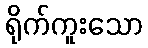
ရိုက်ကူးသော